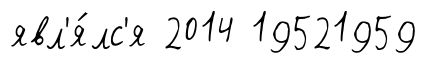
явл'я́лс'я 2014 19521959